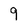
Character: 9